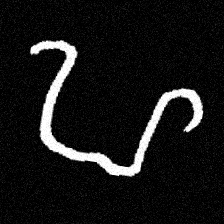
Pyu character \u2014 Myanmar letter: ဟ (romanized: ha)